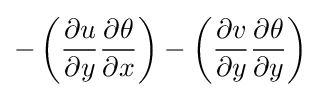
-\left({\frac {\partial u}{\partial y}}{\frac {\partial \theta }{\partial x}}\right)-\left({\frac {\partial v}{\partial y}}{\frac {\partial \theta }{\partial y}}\right)